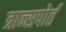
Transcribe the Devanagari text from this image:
त्रान्सपोर्त